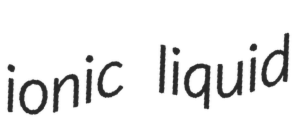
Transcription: ionic liquid